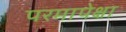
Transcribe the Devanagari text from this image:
परमापेक्षा